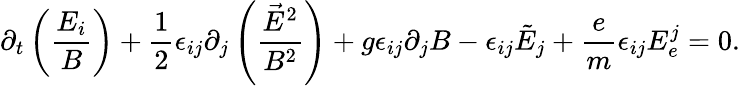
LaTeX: \partial_{t}\left(\frac{E_{i}}{B}\right)+\frac{1}{2}\epsilon_{ij}\partial_{j}\left(\frac{\vec{E}^{2}}{B^{2}}\right)+g\epsilon_{ij}\partial_{j}B-\epsilon_{ij}\tilde{E}_{j}+\frac{e}{m}\epsilon_{ij}E_{e}^{j}=0.